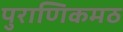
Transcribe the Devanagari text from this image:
पुराणिकमठ